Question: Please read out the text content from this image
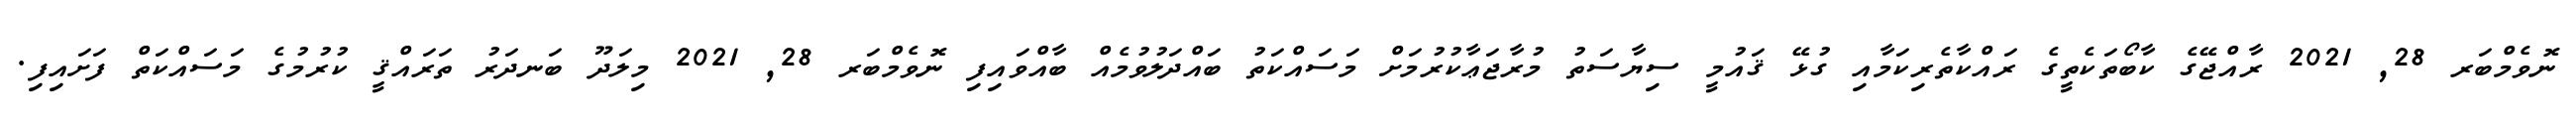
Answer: ނޮވެމްބަރ 28, 2021 ރާއްޖޭގެ ކާބޯތަކެތީގެ ރައްކާތެރިކަމާއި ގުޅޭ ޤައުމީ ސިޔާސަތު މުރާޖަޢާކުރުމަށް މަސައްކަތު ބައްދަލުވުމެއް ބާއްވައިފި ނޮވެމްބަރ 28, 2021 މިލަދޫ ބަނދަރު ތަރައްޤީ ކުރުމުގެ މަސައްކަތް ފަށައިފި.